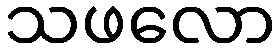
သဖလော